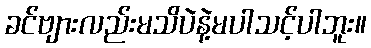
ခင်ဗျားလည်းမသိပဲနဲ့မပါသင့်ပါဘူး။